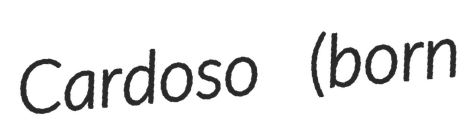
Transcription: Cardoso (born